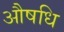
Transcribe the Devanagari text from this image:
औषधि